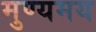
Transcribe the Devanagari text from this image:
मुण्यमय